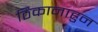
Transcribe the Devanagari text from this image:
ठिकानाहुन